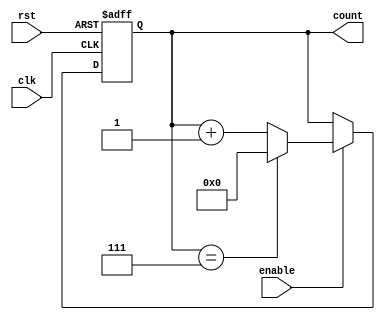
module ModuloN_Up_Counter (
    input clk,
    input rst,
    input enable,
    output reg [N-1:0] count
);

parameter N = 8; // Change this value to set maximum count value

always @(posedge clk or posedge rst)
begin
    if (rst)
        count <= 0;
    else if (enable)
    begin
        if (count == (N-1))
            count <= 0;
        else
            count <= count + 1;
    end
end

endmodule